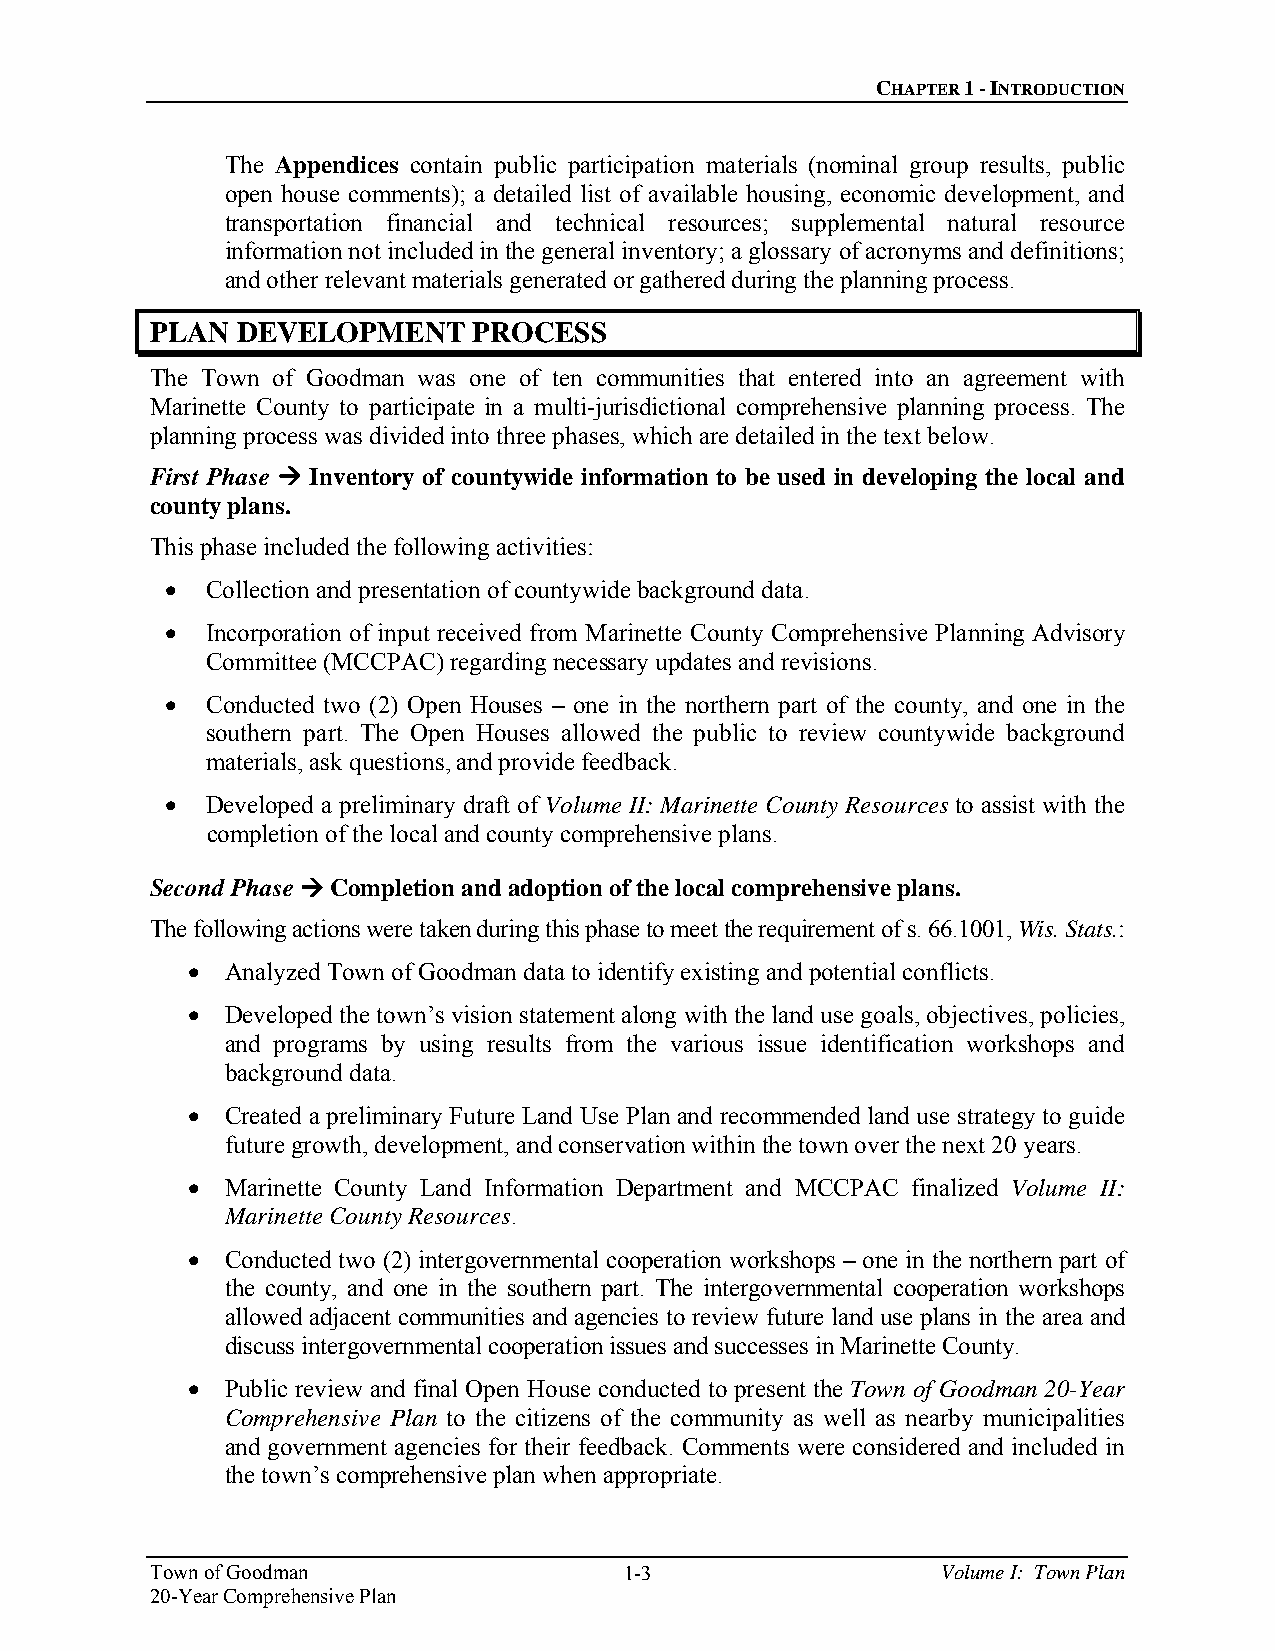
CHAPTER 1 - INTRODUCTION
 The Appendices contain public participation materials (nominal group results, public
 open house comments); a detailed list of available housing, economic development, and
 transportation financial and technical resources; supplemental natural resource
 information not included in the general inventory; a glossary of acronyms and definitions;
 and other relevant materials generated or gathered during the planning process.
 PLAN  DEVELOPMENT    PROCESS
 The Town of Goodman was one of ten communities that entered into an agreement with
 Marinette County to participate in a multi-jurisdictional comprehensive planning process. The
 planning process was divided into three phases, which are detailed in the text below.
 First Phase  Inventory of countywide information to be used in developing the local and
 county plans.
 This phase included the following activities:
   Collection and presentation of countywide background data.
   Incorporation of input received from Marinette County Comprehensive Planning Advisory
 Committee (MCCPAC) regarding necessary updates and revisions.
   Conducted two (2) Open Houses – one in the northern part of the county, and one in the
 southern part. The Open Houses allowed the public to review countywide background
 materials, ask questions, and provide feedback.
   Developed a preliminary draft of Volume II: Marinette County Resources to assist with the
 completion of the local and county comprehensive plans.
 Second Phase  Completion and adoption of the local comprehensive plans.
 The following actions were taken during this phase to meet the requirement of s. 66.1001, Wis. Stats.:
   Analyzed Town of Goodman data to identify existing and potential conflicts.
   Developed the town’s vision statement along with the land use goals, objectives, policies,
 and programs by using results from the various issue identification workshops and
 background data.
   Created a preliminary Future Land Use Plan and recommended land use strategy to guide
 future growth, development, and conservation within the town over the next 20 years.
   Marinette County Land Information Department and MCCPAC finalized Volume II:
 Marinette County Resources.
   Conducted two (2) intergovernmental cooperation workshops – one in the northern part of
 the county, and one in the southern part. The intergovernmental cooperation workshops
 allowed adjacent communities and agencies to review future land use plans in the area and
 discuss intergovernmental cooperation issues and successes in Marinette County.
   Public review and final Open House conducted to present the Town of Goodman 20-Year
 Comprehensive Plan to the citizens of the community as well as nearby municipalities
 and government agencies for their feedback. Comments were considered and included in
 the town’s comprehensive plan when appropriate.
 Town of Goodman                1-3                  Volume I: Town Plan
 20-Year Comprehensive Plan